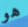
هو